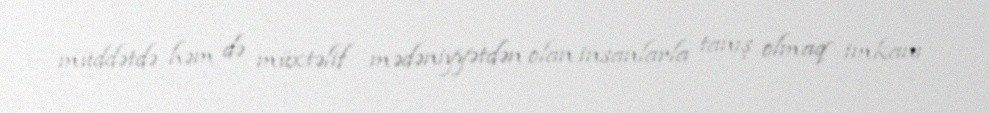
müddətdə həm də müxtəlif mədəniyyətdən olan insanlarla tanış olmaq imkanı